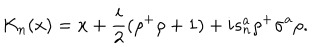
K _ { n } ( x ) = x + \frac { i } { 2 } ( \rho ^ { + } \rho + 1 ) + i s _ { n } ^ { a } \rho ^ { + } \sigma ^ { a } \rho .